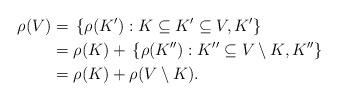
LaTeX: \begin{align*}\rho (V) & = \, \{ \rho (K'): K \subseteq K'\subseteq V, K' \}\\& = \rho (K) + \, \{ \rho (K''): K''\subseteq V\setminus K, K'' \}\\& = \rho (K) +\rho (V\setminus K). \end{align*}